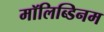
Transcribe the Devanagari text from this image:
मॉलिब्डिनम